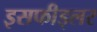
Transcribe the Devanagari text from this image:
इसफीड्लर